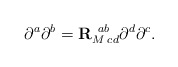
\begin{align*}\partial^{a}\partial^{b}={\bf R}^{ \;\;ab}_{ M\; cd}\partial^{d}\partial^{c}.\end{align*}